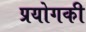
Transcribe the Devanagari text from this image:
प्रयोगकी